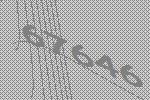
67646